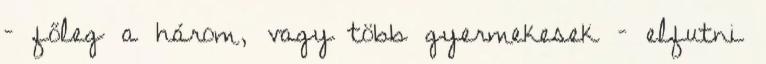
– főleg a három, vagy több gyermekesek – elfutni